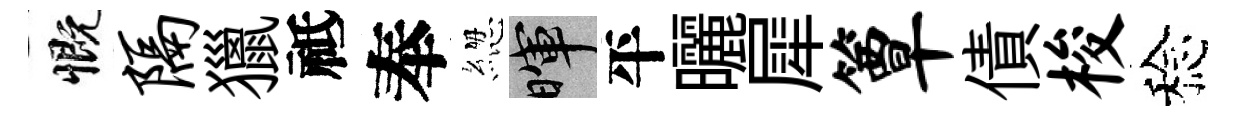
慨隔獵祗奉緫暉平曬犀簟債梭稔